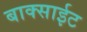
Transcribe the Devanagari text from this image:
बाक्साईट